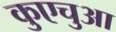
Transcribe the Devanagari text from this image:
कुएचुआ